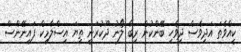
ކީއްވެތަ އަދިވެސް ދިވެހި ބޭންކުން ރިބާ ލޯނު ދޫކުރަނީ ތިޔަ އިސްލާމިކް ފައިނޭންސް